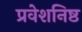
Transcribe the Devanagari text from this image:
प्रवेशनिष्ठ